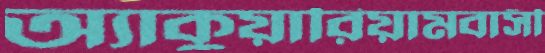
অ্যাকুয়ারিয়ামবাসী